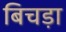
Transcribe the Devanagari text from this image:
बिचड़ा